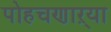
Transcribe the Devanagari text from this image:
पोहचणाऱ्या